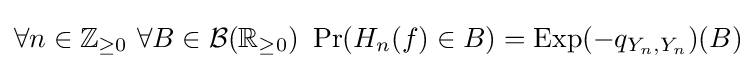
\forall n\in \mathbb {Z} _{\geq 0}~\forall B\in {\cal {B}}(\mathbb {R} _{\geq 0})~\Pr(H_{n}(f)\in B)=\operatorname {Exp} (-q_{Y_{n},Y_{n}})(B)